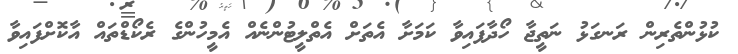
ކުޅުންތެރިން ރަނގަޅު ނަތީޖާ ހޯދާފައިވާ ކަމަށާ އެތަށް އެތްލީޓުންނެއް އެމީހުންގެ ރެކޯޑްތައް އާކޮށްފައިވާ